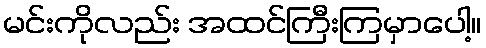
မင်းကိုလည်း အထင်ကြီးကြမှာပေါ့။